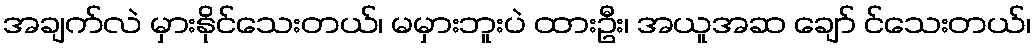
အချက်လဲ မှားနိုင်သေးတယ်၊ မမှားဘူးပဲ ထားဦး၊ အယူအဆ ချော် င်သေးတယ်၊